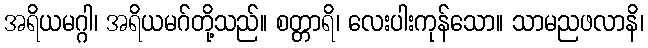
အရိယမဂ္ဂါ၊ အရိယမဂ်တို့သည်။ စတ္တာရိ၊ လေးပါးကုန်သော။ သာမညဖလာနိ၊